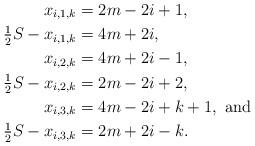
LaTeX: \begin{align*}x_{i,1,k} &= 2m-2i+1, \\\tfrac{1}{2} S -x_{i,1,k} &= 4m+2i, \\x_{i,2,k} &= 4m+2i-1, \\\tfrac{1}{2} S - x_{i,2,k} &= 2m-2i+2, \\x_{i,3,k} &= 4m-2i+k+1, \mbox{ and } \\\tfrac{1}{2} S - x_{i,3,k} &= 2m+2i-k. \end{align*}